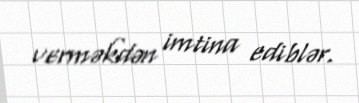
verməkdən imtina ediblər.